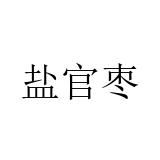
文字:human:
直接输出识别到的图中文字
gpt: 盐官枣